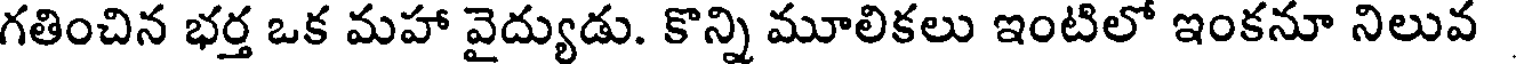
గతించిన భర్త ఒక మహా వైద్యుడు. కొన్ని మూలికలు ఇంటిలో ఇంకనూ నిలువ